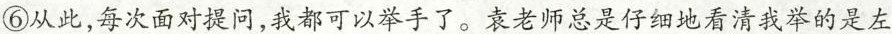
⑥从此，每次面对提问，我都可以举手了。袁老师总是仔细地看清我举的是左